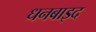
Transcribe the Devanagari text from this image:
धनबाइद